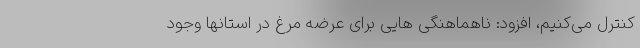
کنترل می‌کنیم، افزود: ناهماهنگی هایی برای عرضه مرغ در استانها وجود